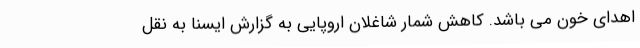
اهدای خون می باشد. کاهش شمار شاغلان اروپایی به گزارش ایسنا به نقل